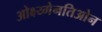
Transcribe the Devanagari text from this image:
ओक्ष्य्गेनतिओन